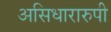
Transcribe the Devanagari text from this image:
असिधारारुपी